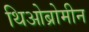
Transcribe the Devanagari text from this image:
थिओब्रोमीन